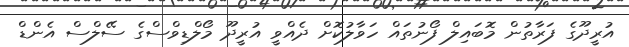
އުރީދޫގެ ފަރާތުން މޮބައިލް ފޯނުތައް ހަވާލުކޮށް ދެއްވީ އުރީދޫ މޯލްޑިވްސްގެ ސޭލްސް އެންޑް